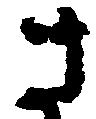
さ